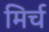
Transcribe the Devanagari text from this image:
मिर्च